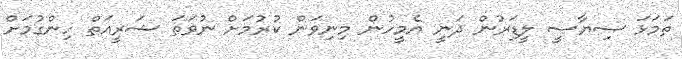
ތަމަޅަ ސިޔާސީ ލީޑަރުން ދަނީ އެމީހުން މިނިވަން ކުރުމަށް ނުވަތަ ޝަރީއަތް ހިންގުމަށް